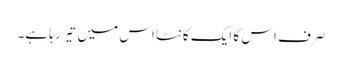
صرف اس کا ایک کانٹا اس میں تَیر رہا ہے۔